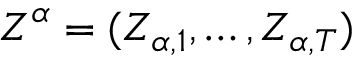
\boldsymbol { Z } ^ { \alpha } = ( Z _ { \alpha , 1 } , \ldots , Z _ { \alpha , T } )